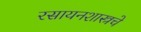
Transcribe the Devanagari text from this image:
रसायनशास्त्रचे